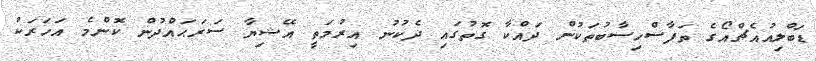
ޑަބްލިއުއެޗްއޯގެ ތަފާސްހިސާބުތަކުން ދައްކާ ގޮތުގައި ދެކުނު އިރުމަތީ އޭޝިޔާ ސަރަޙައްދުން ކޮންމެ އަހަރަކު